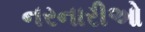
નરનારીઓ